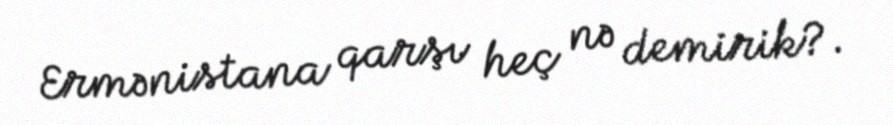
Ermənistana qarşı heç nə demirik?.